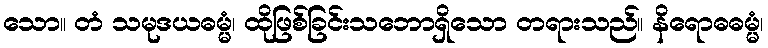
သော။ တံ သမုဒယဓမ္မံ၊ ထိုဖြစ်ခြင်းသဘောရှိသော တရားသည်။ နိရောဓဓမ္မံ၊